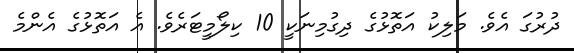
ދުރުގަ އެވެ. މަލިކު އަތޮޅުގެ ދިގުމިނަކީ 10 ކިލޯމީޓަރެވެ. އެ އަތޮޅުގެ އެންމެ